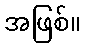
အဖြစ်။